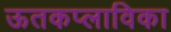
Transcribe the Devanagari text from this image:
ऊतकप्लाविका